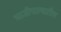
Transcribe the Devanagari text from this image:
भाजीपाल्यातील